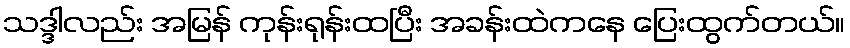
သဒ္ဒါလည်း အမြန် ကုန်းရုန်းထပြီး အခန်းထဲကနေ ပြေးထွက်တယ်။